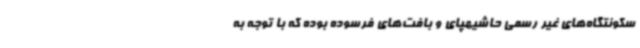
سکونتگاه‌های غیر رسمی حاشیهپای و بافت‌های فرسوده بوده که با توجه به